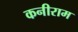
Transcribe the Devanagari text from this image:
कनीराम